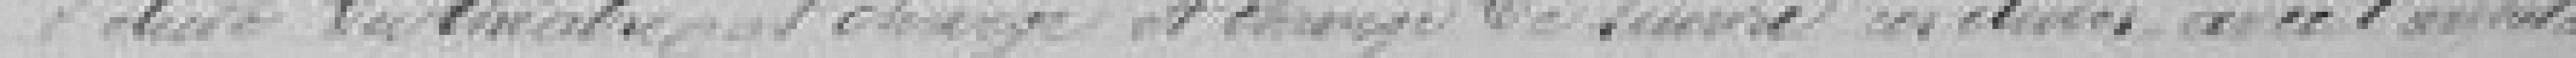
d'étude du théâtre et chargé de suivre ces études avec ???